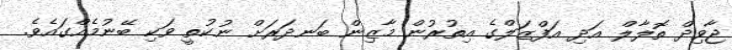
ޖާވިދް ތޮލާލް އަދި އަފްޒަލްގެ އިތުރުން މާޒިން ބަނދަރަށް ނުކުތީ ވަކި ބޭނުމެއްގައެވެ.